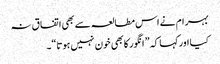
بہر ام نے اس مطالعہ سے بھی اتفا ق نہ
کیا اورکہا کہ ” انگور کابھی خون نہیں ہوتا“۔